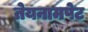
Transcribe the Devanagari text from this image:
तेयनामपेट